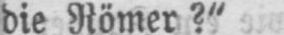
die Römer?“